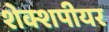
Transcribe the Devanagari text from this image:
शेक्शपीयर